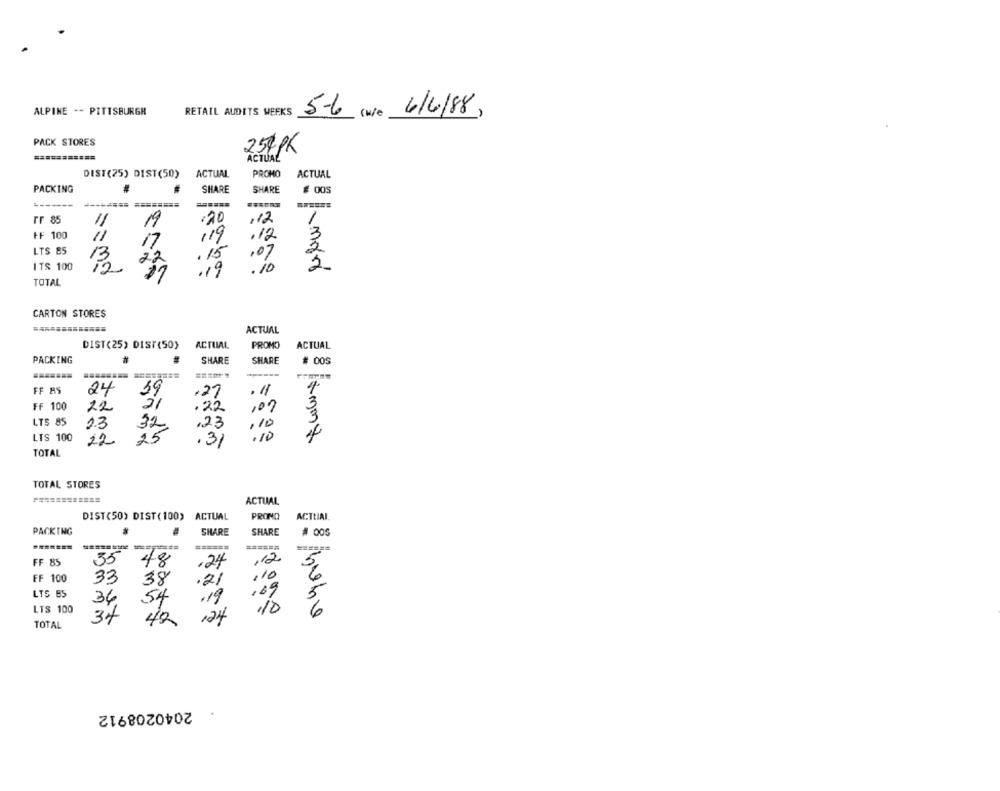
ALPINE -- PITTSBURGH
RETAIL AUDITS WEEKS
5-6 (w/e
(w/e 6/6/88)
PACK STORES
254PK
ACTUAL
DEST(25) DIST(50)
ACTUAL
PROHO
ACTUAL
PACKING
SHARE
SHARE
# 005
rr 85
M
.20
112
1
11
FF 100
11
119
.12
17
LTS 85
15
,07
22
.1
ITS 100
. io
2
.19
TOTAL
CARTON STORES
ACTUAL
DIST(25) DISK(50)
ACTUAL
PROMO
ACTUAL
PACKING
SHARE
SHARE
FF AS
24
39
.27
.11
21
3
FF 100
22
.22
107
LTS 85
23
,23
,10
15
32
4
LTS 100
22
.31
. 10
TOTAL
TOTAL STORES
ACTUAL
ACTLIAI
DIST(50) DIST ( 100) ACTUAL
PROMO
PACKING
SHARE
SHARE
.======
FF 85
48
.24
,12
5,
FF 100
33
110
38
.21
LTS BS
,69
5
34
54
.19
LTS 100
34
42
124
.10
TOTAL
. 2040208912